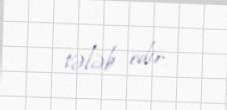
tələb edir.